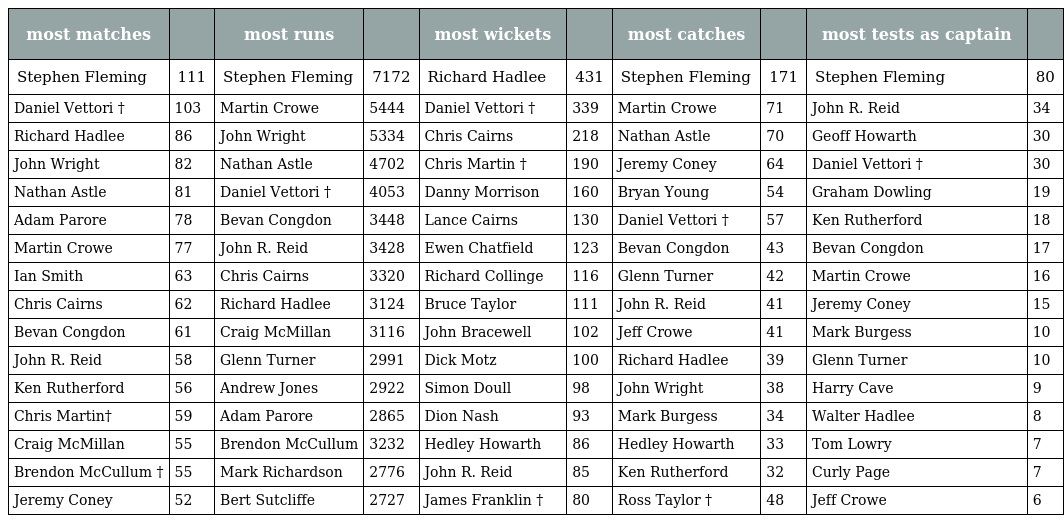
| most matches |  | most runs |  | most wickets |  | most catches |  | most tests as captain |  |
 | --- | --- | --- | --- | --- | --- | --- | --- | --- | --- |
 | Stephen Fleming | 111 | Stephen Fleming | 7172 | Richard Hadlee | 431 | Stephen Fleming | 171 | Stephen Fleming | 80 |
 | Daniel Vettori † | 103 | Martin Crowe | 5444 | Daniel Vettori † | 339 | Martin Crowe | 71 | John R. Reid | 34 |
 | Richard Hadlee | 86 | John Wright | 5334 | Chris Cairns | 218 | Nathan Astle | 70 | Geoff Howarth | 30 |
 | John Wright | 82 | Nathan Astle | 4702 | Chris Martin † | 190 | Jeremy Coney | 64 | Daniel Vettori † | 30 |
 | Nathan Astle | 81 | Daniel Vettori † | 4053 | Danny Morrison | 160 | Bryan Young | 54 | Graham Dowling | 19 |
 | Adam Parore | 78 | Bevan Congdon | 3448 | Lance Cairns | 130 | Daniel Vettori † | 57 | Ken Rutherford | 18 |
 | Martin Crowe | 77 | John R. Reid | 3428 | Ewen Chatfield | 123 | Bevan Congdon | 43 | Bevan Congdon | 17 |
 | Ian Smith | 63 | Chris Cairns | 3320 | Richard Collinge | 116 | Glenn Turner | 42 | Martin Crowe | 16 |
 | Chris Cairns | 62 | Richard Hadlee | 3124 | Bruce Taylor | 111 | John R. Reid | 41 | Jeremy Coney | 15 |
 | Bevan Congdon | 61 | Craig McMillan | 3116 | John Bracewell | 102 | Jeff Crowe | 41 | Mark Burgess | 10 |
 | John R. Reid | 58 | Glenn Turner | 2991 | Dick Motz | 100 | Richard Hadlee | 39 | Glenn Turner | 10 |
 | Ken Rutherford | 56 | Andrew Jones | 2922 | Simon Doull | 98 | John Wright | 38 | Harry Cave | 9 |
 | Chris Martin† | 59 | Adam Parore | 2865 | Dion Nash | 93 | Mark Burgess | 34 | Walter Hadlee | 8 |
 | Craig McMillan | 55 | Brendon McCullum | 3232 | Hedley Howarth | 86 | Hedley Howarth | 33 | Tom Lowry | 7 |
 | Brendon McCullum † | 55 | Mark Richardson | 2776 | John R. Reid | 85 | Ken Rutherford | 32 | Curly Page | 7 |
 | Jeremy Coney | 52 | Bert Sutcliffe | 2727 | James Franklin † | 80 | Ross Taylor † | 48 | Jeff Crowe | 6 |